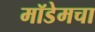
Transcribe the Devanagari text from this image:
मॉडेमचा